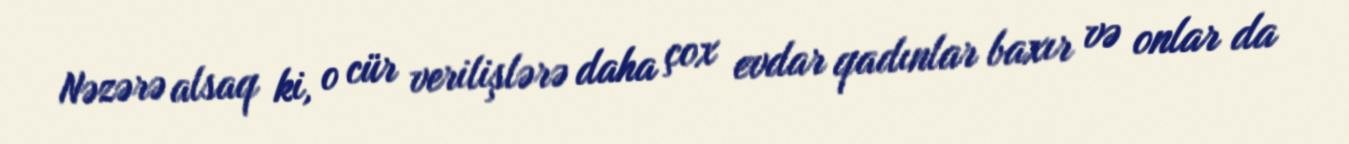
Nəzərə alsaq ki, o cür verilişlərə daha çox evdar qadınlar baxır və onlar da